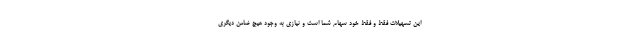
این تسهیلات فقط و فقط خود سهام شما است و نیازی به وجود هیچ ضامن دیگری